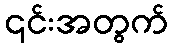
၎င်းအတွက်